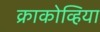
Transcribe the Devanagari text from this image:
क्राकोव्हिया